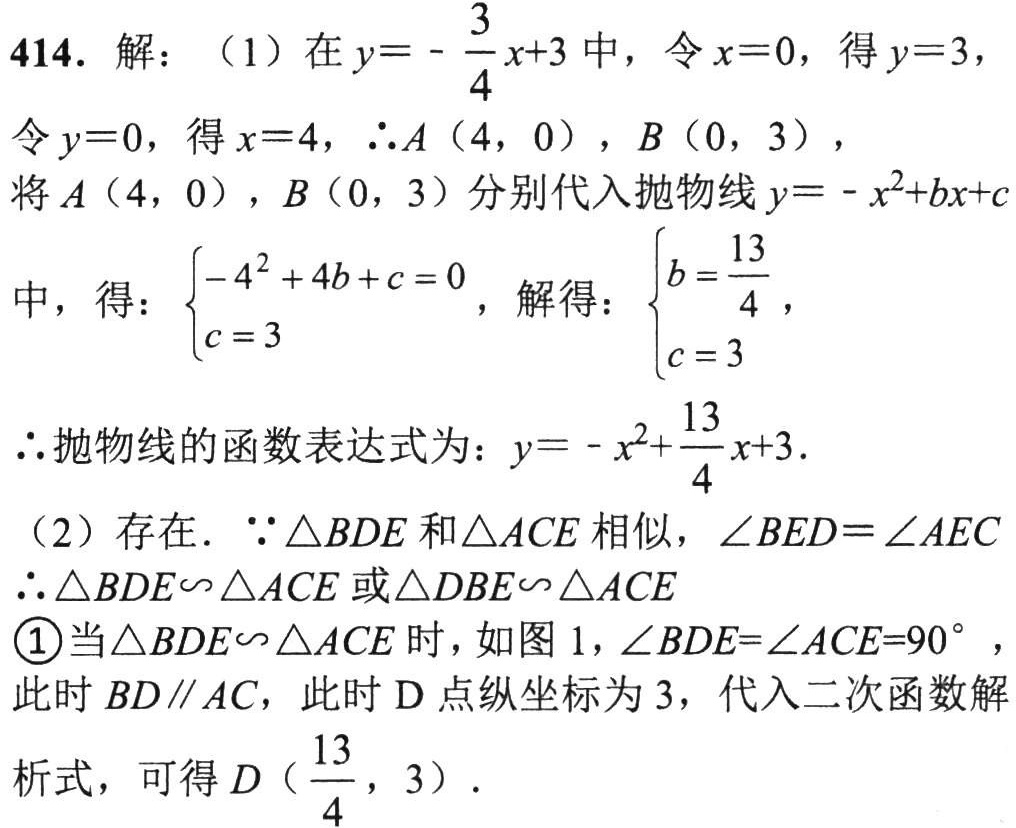
414. 解：（1）在\(y = -\frac{3}{4}x + 3\)中，令\(x = 0\)，得\(y = 3\)，
令\(y = 0\)，得\(x = 4\)，\(\therefore A(4,0)\)，\(B(0,3)\)，
将\(A(4,0)\)，\(B(0,3)\)分别代入抛物线\(y=-x^{2}+bx + c\)
中，得：\(\begin{cases}-4^{2}+4b + c = 0\\c = 3\end{cases}\)，解得：\(\begin{cases}b=\frac{13}{4}\\c = 3\end{cases}\)，
\(\therefore\)抛物线的函数表达式为：\(y=-x^{2}+\frac{13}{4}x + 3\).
（2）存在. \(\because\triangle BDE\)和\(\triangle ACE\)相似，\(\angle BED=\angle AEC\)
\(\therefore\triangle BDE\sim\triangle ACE\)或\(\triangle DBE\sim\triangle ACE\)
\textcircled{1}当\(\triangle BDE\sim\triangle ACE\)时，如图1，\(\angle BDE = \angle ACE = 90^{\circ}\) ，
此时\(BD\parallel AC\)，此时\(D\)点纵坐标为\(3\)，代入二次函数解
析式，可得\(D(\frac{13}{4},3)\).